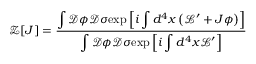
\mathcal { Z } [ J ] = \frac { \displaystyle \int \mathcal { D } \phi \mathcal { D } \sigma \mathrm { e x p } \left[ i \displaystyle \int d ^ { 4 } x \left( \mathcal { L } ^ { \prime } + J \phi \right) \right] } { \displaystyle \int \mathcal { D } \phi \mathcal { D } \sigma \mathrm { e x p } \left[ i \displaystyle \int d ^ { 4 } x \mathcal { L } ^ { \prime } \right] }